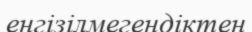
енгізілмегендіктен